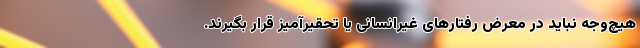
‌هیچ‌وجه نباید در معرض رفتارهای غیرانسانی یا تحقیرآمیز قرار بگیرند.